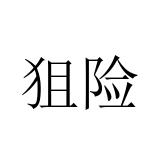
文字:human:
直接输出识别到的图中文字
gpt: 狙险